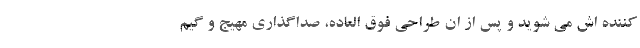
کننده اش می شوید و پس از ان طراحی فوق العاده، صداگذاری مهیج و گیم